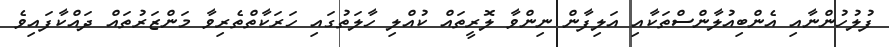
ފުލުހުންނާއި އެންބިއުލާންސްތަކާއި އަލިފާން ނިންވާ ލޮރީތައް ކުއްލި ހާލަތުގައި ހަރަކާތްތެރިވާ މަންޒަރުތައް ދައްކާފައިވެ